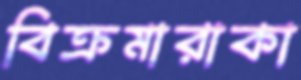
বিক্রমারাকা